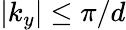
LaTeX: |k_{y}|\leq\pi/d